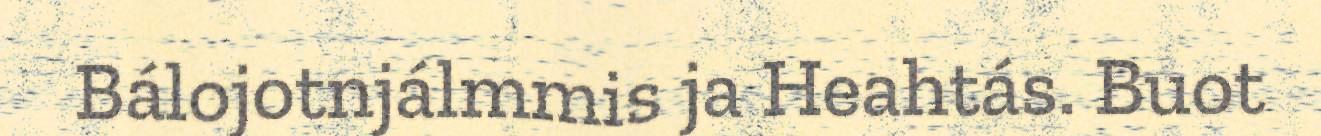
Bálojotnjálmmis ja Heahtás. Buot